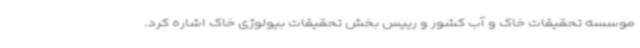
موسسه تحقیقات خاک و آب کشور و رییس بخش تحقیقات بیولوژی خاک اشاره کرد.